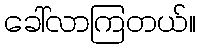
ခေါ်လာကြတယ်။